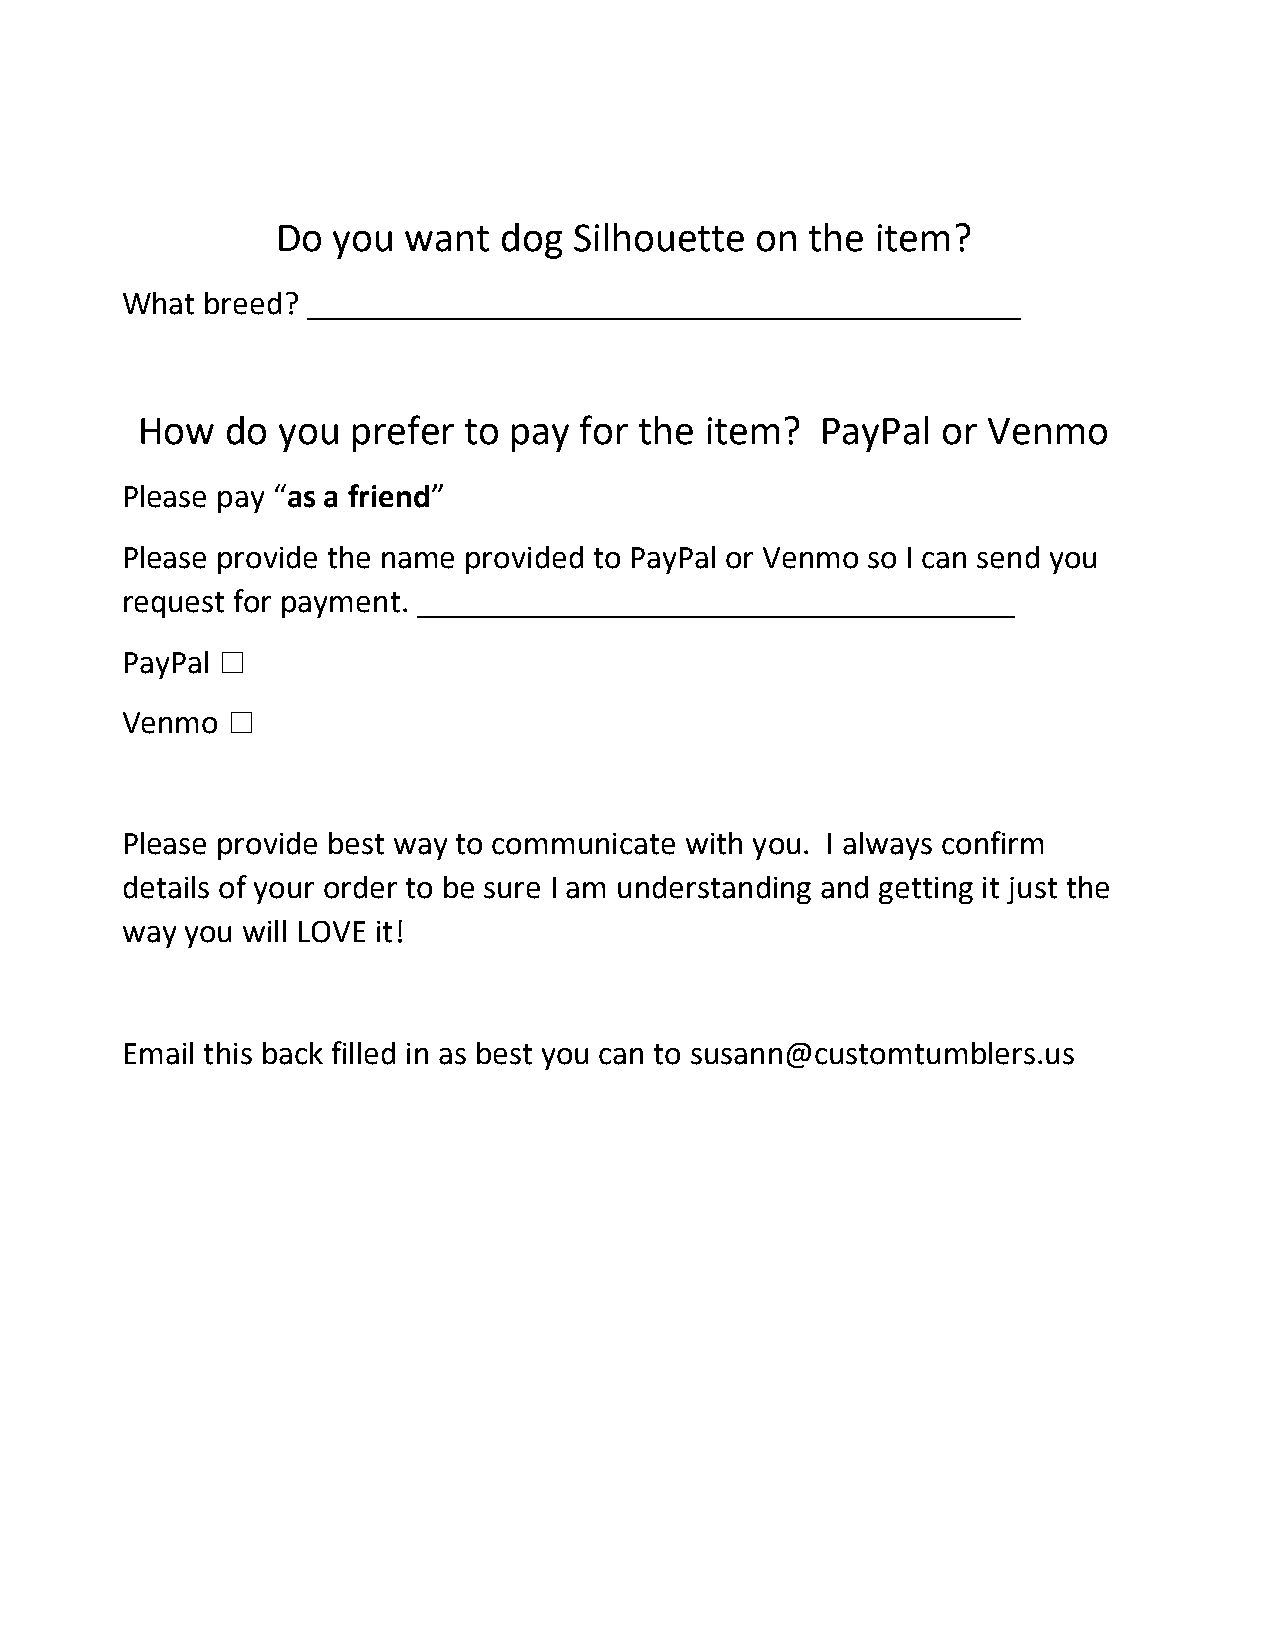
Do  you  want  dog  Silhouette  on  the item?
 What breed? ___________________________________________
 How   do you  prefer  to pay for the  item?  PayPal  or Venmo
 Please pay “as a friend”
 Please provide the name provided to PayPal or Venmo so I can send you
 request for payment. ____________________________________
 PayPal ☐
 Venmo  ☐
 Please provide best way to communicate with you. I always confirm
 details of your order to be sure I am understanding and getting it just the
 way you will LOVE it!
 Email this back filled in as best you can to susann@customtumblers.us